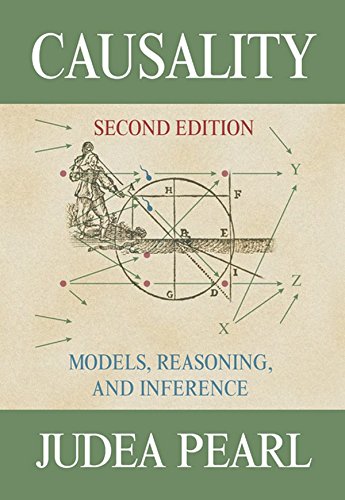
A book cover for Causality: Models, Reasoning and Inference; Judea Pearl; Science & Math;